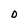
Character: D